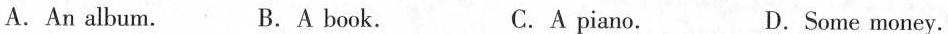
A.An album. B.A book. C.A piano. D.Some money.